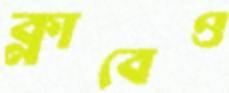
ক্লাবেও